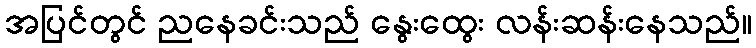
အပြင်တွင် ညနေခင်းသည် နွေးထွေး လန်းဆန်းနေသည်။